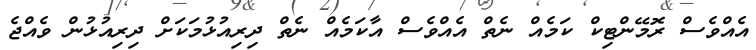
އެއްވެސް ރޮމޭންޓިކް ކަމެއް ނެތް އެއްވެސް އާކަމެއް ނެތް ދިރިއުޅުމަކަށް ދިރިއުޅުން ވެއްޖެ